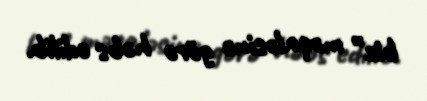
biz” məqaləsinə görə həbs edilib.